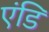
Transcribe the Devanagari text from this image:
एंडि